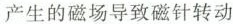
产生的磁场导致磁针转动